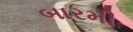
બારમી